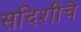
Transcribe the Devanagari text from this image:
सदिशीचे